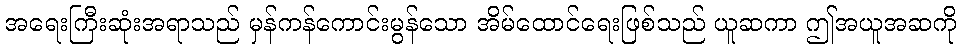
အရေးကြီးဆုံးအရာသည် မှန်ကန်ကောင်းမွန်သော အိမ်ထောင်ရေးဖြစ်သည် ယူဆကာ ဤအယူအဆကို